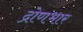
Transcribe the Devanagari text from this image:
द्रोणभार